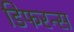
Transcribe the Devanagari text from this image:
डिफरन्स